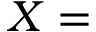
X =